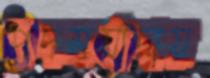
পদমর্যাদায়